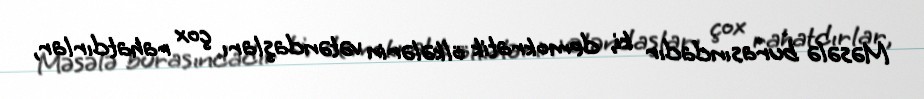
Məsələ burasındadır ki, demokratik ölkələrin vətəndaşları çox rahatdırlar,